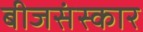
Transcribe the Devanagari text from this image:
बीजसंस्कार